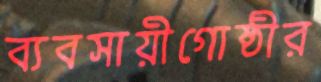
ব্যবসায়ীগোষ্ঠীর